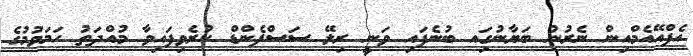
އެފްއޭއެމްއިން ނެރުނު ބަޔާނުގަިއ ބުނެފައި ވަނީ ރިލޭ ސަސްޕެންޑް ކުރެވިފައިވާ މުއްދަތު ހަމަވުމުގެ